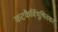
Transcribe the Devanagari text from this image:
कटकैर्विभूषितकरं